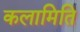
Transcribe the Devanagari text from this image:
कलामिति